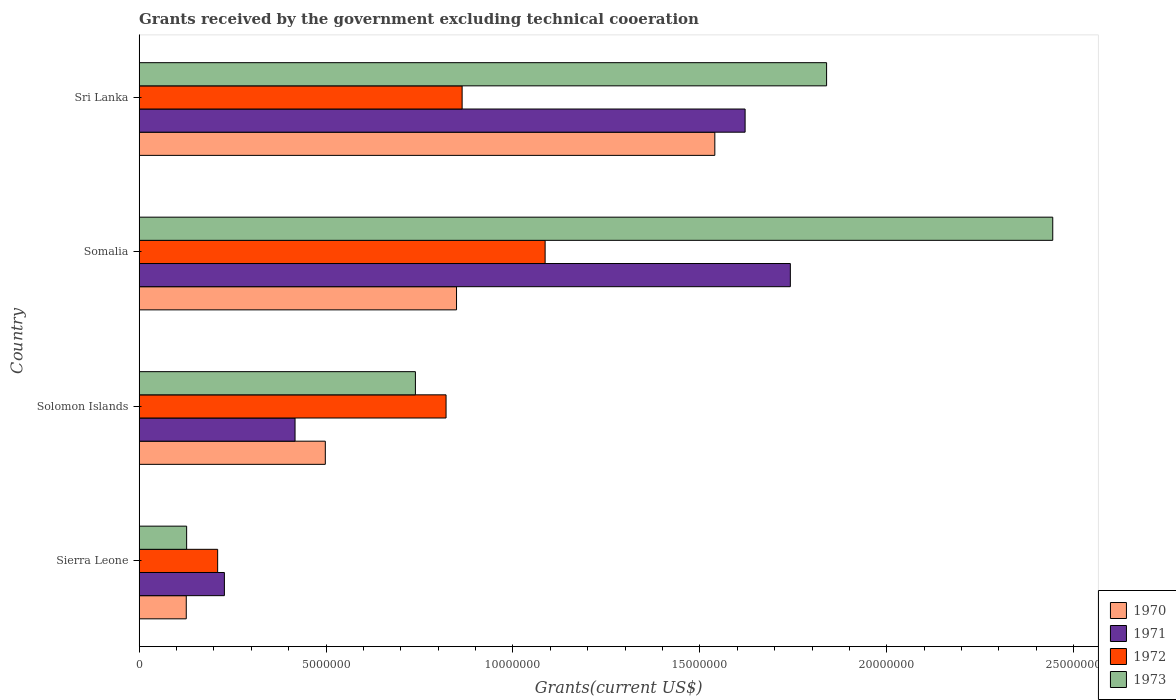
| Country | 1970 | 1971 | 1972 | 1973 |
 | --- | --- | --- | --- | --- |
 | Sierra Leone | 1.26e+06 | 2.28e+06 | 2.1e+06 | 1.27e+06 |
 | Solomon Islands | 4.98e+06 | 4.17e+06 | 8.21e+06 | 7.39e+06 |
 | Somalia | 8.49e+06 | 1.74e+07 | 1.09e+07 | 2.44e+07 |
 | Sri Lanka | 1.54e+07 | 1.62e+07 | 8.64e+06 | 1.84e+07 |